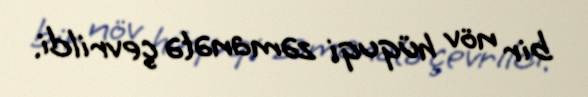
bir növ hüquqi zəmanətə çevrildi.